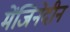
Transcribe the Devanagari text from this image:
मेंजिनेदीन